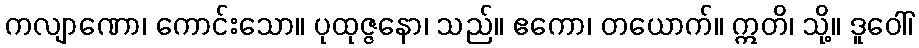
ကလျာဏော၊ ကောင်းသော။ ပုထုဇ္ဇနော၊ သည်။ ဧကော၊ တယောက်။ ဣတိ၊ သို့။ ဒူဝေါ်၊